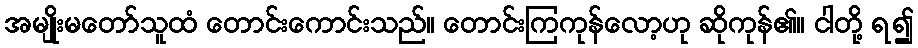
အမျိုးမတော်သူထံ တောင်းကောင်းသည်။ တောင်းကြကုန်လော့ဟု ဆိုကုန်၏။ ငါတို့ ရ၍